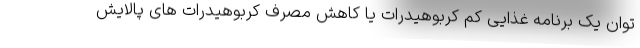
توان یک برنامه غذایی کم کربوهیدرات یا کاهش مصرف کربوهیدرات های پالایش